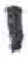
אות: י